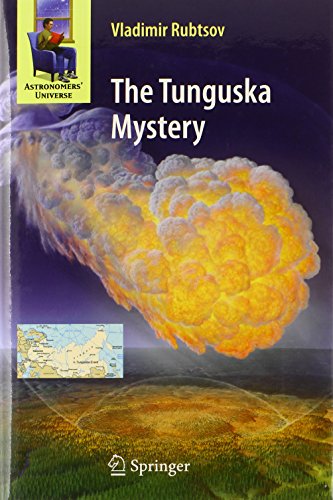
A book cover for The Tunguska Mystery (Astronomers' Universe); Vladimir Rubtsov; Science & Math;